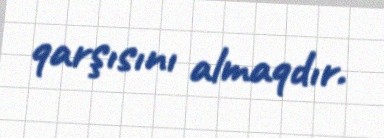
qarşısını almaqdır.